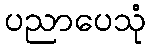
ပညာပေသုံ